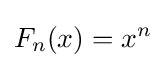
F_{n}(x)=x^{n}